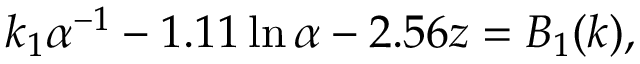
k _ { 1 } \alpha ^ { - 1 } - 1 . 1 1 \ln \alpha - 2 . 5 6 z = B _ { 1 } ( k ) ,